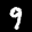
Label: 9